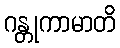
ဂန္တုကာမာတိ